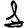
Digit: 1